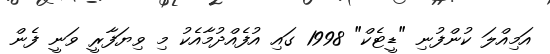
އަމިއްލަ ކުންފުނި "ޑީޓެކް" 1998 ގައި އުފެއްދުމާއެކު މި ވިޔަފާރީ ވަނީ ފެން